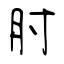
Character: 肘